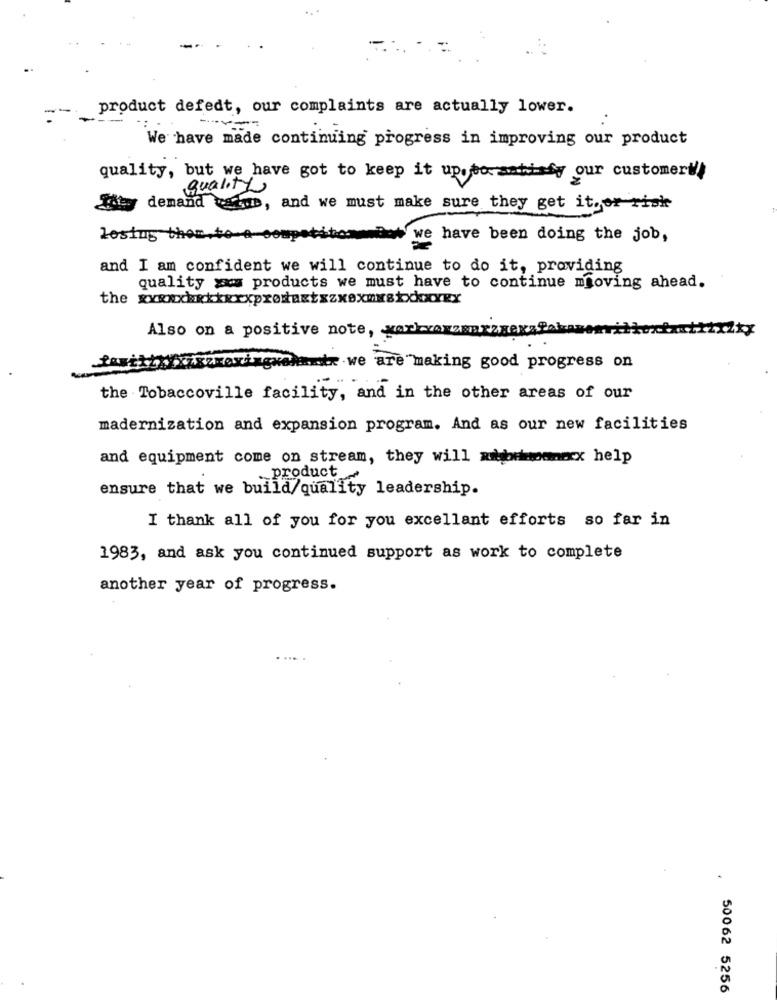
product defedt, our complaints are actually lower.
We have made continuing progress in improving our product
quality, but we have got to keep it upoto anhi fy our customer !!!
Quality
demand watwe, and we must make sure they get it. or risk
losing them.to-a-06
we have been doing the job,
and I am confident we will continue to do it, providing
quality > products we must have to continue moving ahead.
the
xprowaxtxzxexmxxxxxxxx
Also on a positive note, mørkvazzsarz
ingyenamir we are making good progress on
the Tobaccoville facility, and in the other areas of our
madernization and expansion program. And as our new facilities
and equipment come on stream, they will xbbronx help
product_
ensure that we build/quality leadership.
I thank all of you for you excellant efforts so far in
1983, and ask you continued support as work to complete
another year of progress.
50062 5256